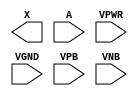
module sky130_fd_sc_ls__buf (
    X   ,
    A   ,
    VPWR,
    VGND,
    VPB ,
    VNB
);

    output X   ;
    input  A   ;
    input  VPWR;
    input  VGND;
    input  VPB ;
    input  VNB ;
endmodule